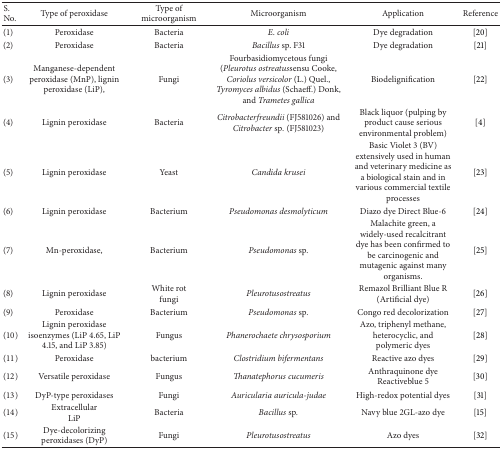
<table><thead><tr><td><b>S. No.</b></td><td><b>Type of peroxidase</b></td><td><b>Type of microorganism</b></td><td><b>Microorganism</b></td><td><b>Application </b></td><td><b>Reference</b></td></tr></thead><tbody><tr><td>(1)</td><td>Peroxidase </td><td>Bacteria </td><td><i>E</i>. <i>coli </i></td><td>Dye degradation</td><td>[20]</td></tr><tr><td>(2)</td><td>Peroxidase </td><td>Bacteria </td><td><i>Bacillus </i>sp. F31</td><td>Dye degradation</td><td>[21]</td></tr><tr><td>(3)</td><td>Manganese-dependent peroxidase (MnP), lignin peroxidase (LiP),</td><td>Fungi</td><td>Fourbasidiomycetous fungi (<i>Pleurotus ostreatus</i>sensu Cooke, <i>Coriolus versicolor</i> (L.) Quel., <i>Tyromyces albidus</i> (Schaeff.) Donk, and <i>Trametes gallica </i></td><td>Biodelignification</td><td>[22]</td></tr><tr><td>(4)</td><td>Lignin peroxidase</td><td>Bacteria</td><td><i>Citrobacterfreundii</i> (FJ581026) and <i>Citrobacter </i>sp. (FJ581023)</td><td>Black liquor (pulping by product cause serious environmental problem) </td><td>[4]</td></tr><tr><td>(5)</td><td>Lignin peroxidase</td><td>Yeast</td><td><i>Candida krusei </i></td><td>Basic Violet 3 (BV) extensively used in human and veterinary medicine as a biological stain and in various commercial textileprocesses</td><td>[23]</td></tr><tr><td>(6)</td><td>Lignin peroxidase</td><td>Bacterium</td><td><i>Pseudomonas desmolyticum </i></td><td>Diazo dye Direct Blue-6</td><td>[24]</td></tr><tr><td>(7)</td><td>Mn-peroxidase,</td><td>Bacterium</td><td><i>Pseudomonas</i> sp.</td><td>Malachite green, a widely-used recalcitrant dye has been confirmed to be carcinogenic and mutagenic against many organisms.</td><td>[25]</td></tr><tr><td>(8)</td><td>Lignin peroxidase</td><td>White rotfungi</td><td><i>Pleurotusostreatus </i></td><td>Remazol Brilliant Blue R (Artificial dye)</td><td>[26]</td></tr><tr><td>(9)</td><td>Peroxidase</td><td>Bacterium</td><td><i>Pseudomonas</i> sp<i>. </i></td><td>Congo red decolorization</td><td>[27]</td></tr><tr><td>(10)</td><td>Lignin peroxidase isoenzymes (LiP 4.65, LiP 4.15, and LiP 3.85)</td><td>Fungus</td><td><i>Phanerochaete chrysosporium </i></td><td>Azo, triphenyl methane, heterocyclic, andpolymeric dyes</td><td>[28]</td></tr><tr><td>(11)</td><td>Peroxidase</td><td>bacterium</td><td><i>Clostridium bifermentans </i></td><td>Reactive azo dyes</td><td>[29]</td></tr><tr><td>(12)</td><td>Versatile peroxidase</td><td>Fungus</td><td><i>Thanatephorus cucumeris </i></td><td>Anthraquinone dye Reactiveblue 5</td><td>[30]</td></tr><tr><td>(13)</td><td>DyP-type peroxidases</td><td>Fungi</td><td><i>Auricularia auricula-judae </i></td><td>High-redox potential dyes</td><td>[31]</td></tr><tr><td>(14)</td><td>ExtracellularLiP</td><td>Bacteria</td><td><i>Bacillus </i>sp<i>. </i></td><td>Navy blue 2GL-azo dye</td><td>[15]</td></tr><tr><td>(15)</td><td>Dye-decolorizing peroxidases (DyP)</td><td>Fungi</td><td><i>Pleurotusostreatus </i></td><td>Azo dyes</td><td>[32]</td></tr></tbody></table>